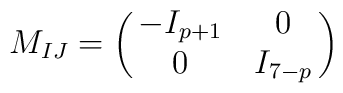
M_{IJ} = \pmatrix {- I_{p+1}& 0 \cr      0 &   I_{7-p}  \cr}